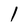
Character: 1